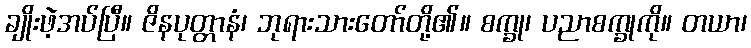
ချိုးဖဲ့အပ်ပြီ။ ဇိနပုတ္တာနံ၊ ဘုရားသားတော်တို့၏။ စက္ခု၊ ပညာစက္ခုကို။ တယာ၊